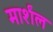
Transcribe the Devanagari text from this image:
मार्शंल